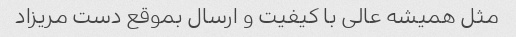
مثل همیشه عالی با کیفیت و ارسال بموقع دست مریزاد